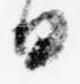
日